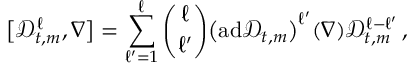
\big [ \mathscr { D } _ { t , m } ^ { \ell } , \nabla \bigr ] = \sum _ { \ell ^ { \prime } = 1 } ^ { \ell } \binom { \ell } { \ell ^ { \prime } } \bigl ( \mathrm { a d } \mathscr { D } _ { t , m } \bigr ) ^ { \ell ^ { \prime } } ( \nabla ) \mathscr { D } _ { t , m } ^ { \ell - \ell ^ { \prime } } \, ,